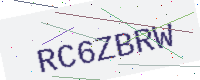
Text: RC6ZBRW